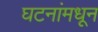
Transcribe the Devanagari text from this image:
घटनांमधून